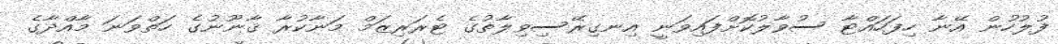
ފުލުހުން އޭނާ ހިފަހައްޓާ ސުވާލުކޮށްފައިވަނީ އިނގިރޭސިވިލާތުގެ ޓެރަރިޒަމް މަނާކުރާ ޤާނޫނުގެ ހަތްވަނަ މާއްދާގެ